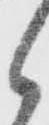
候